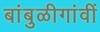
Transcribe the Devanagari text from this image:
बांबुळीगांवीं